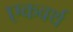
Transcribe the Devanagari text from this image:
एकवर्थ